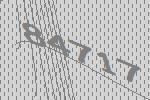
84717